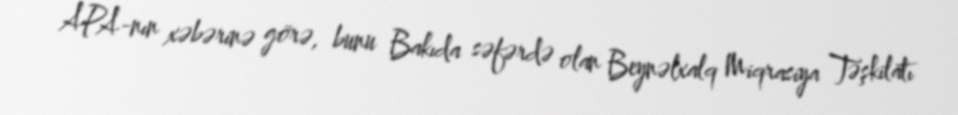
APA-nın xəbərinə görə, bunu Bakıda səfərdə olan Beynəlxalq Miqrasiya Təşkilatı